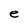
Character: e